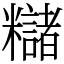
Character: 䊰